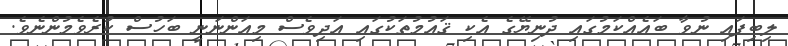
ލިބިފައި ނުވާ ބައެއްކަމުގައި ދުނިޔޭގެ އެކި ޤައުމުތަކުގައި އަދިވެސް މިއަންނަނީ ބަހުސް ކުރެވެމުންނެވެ.